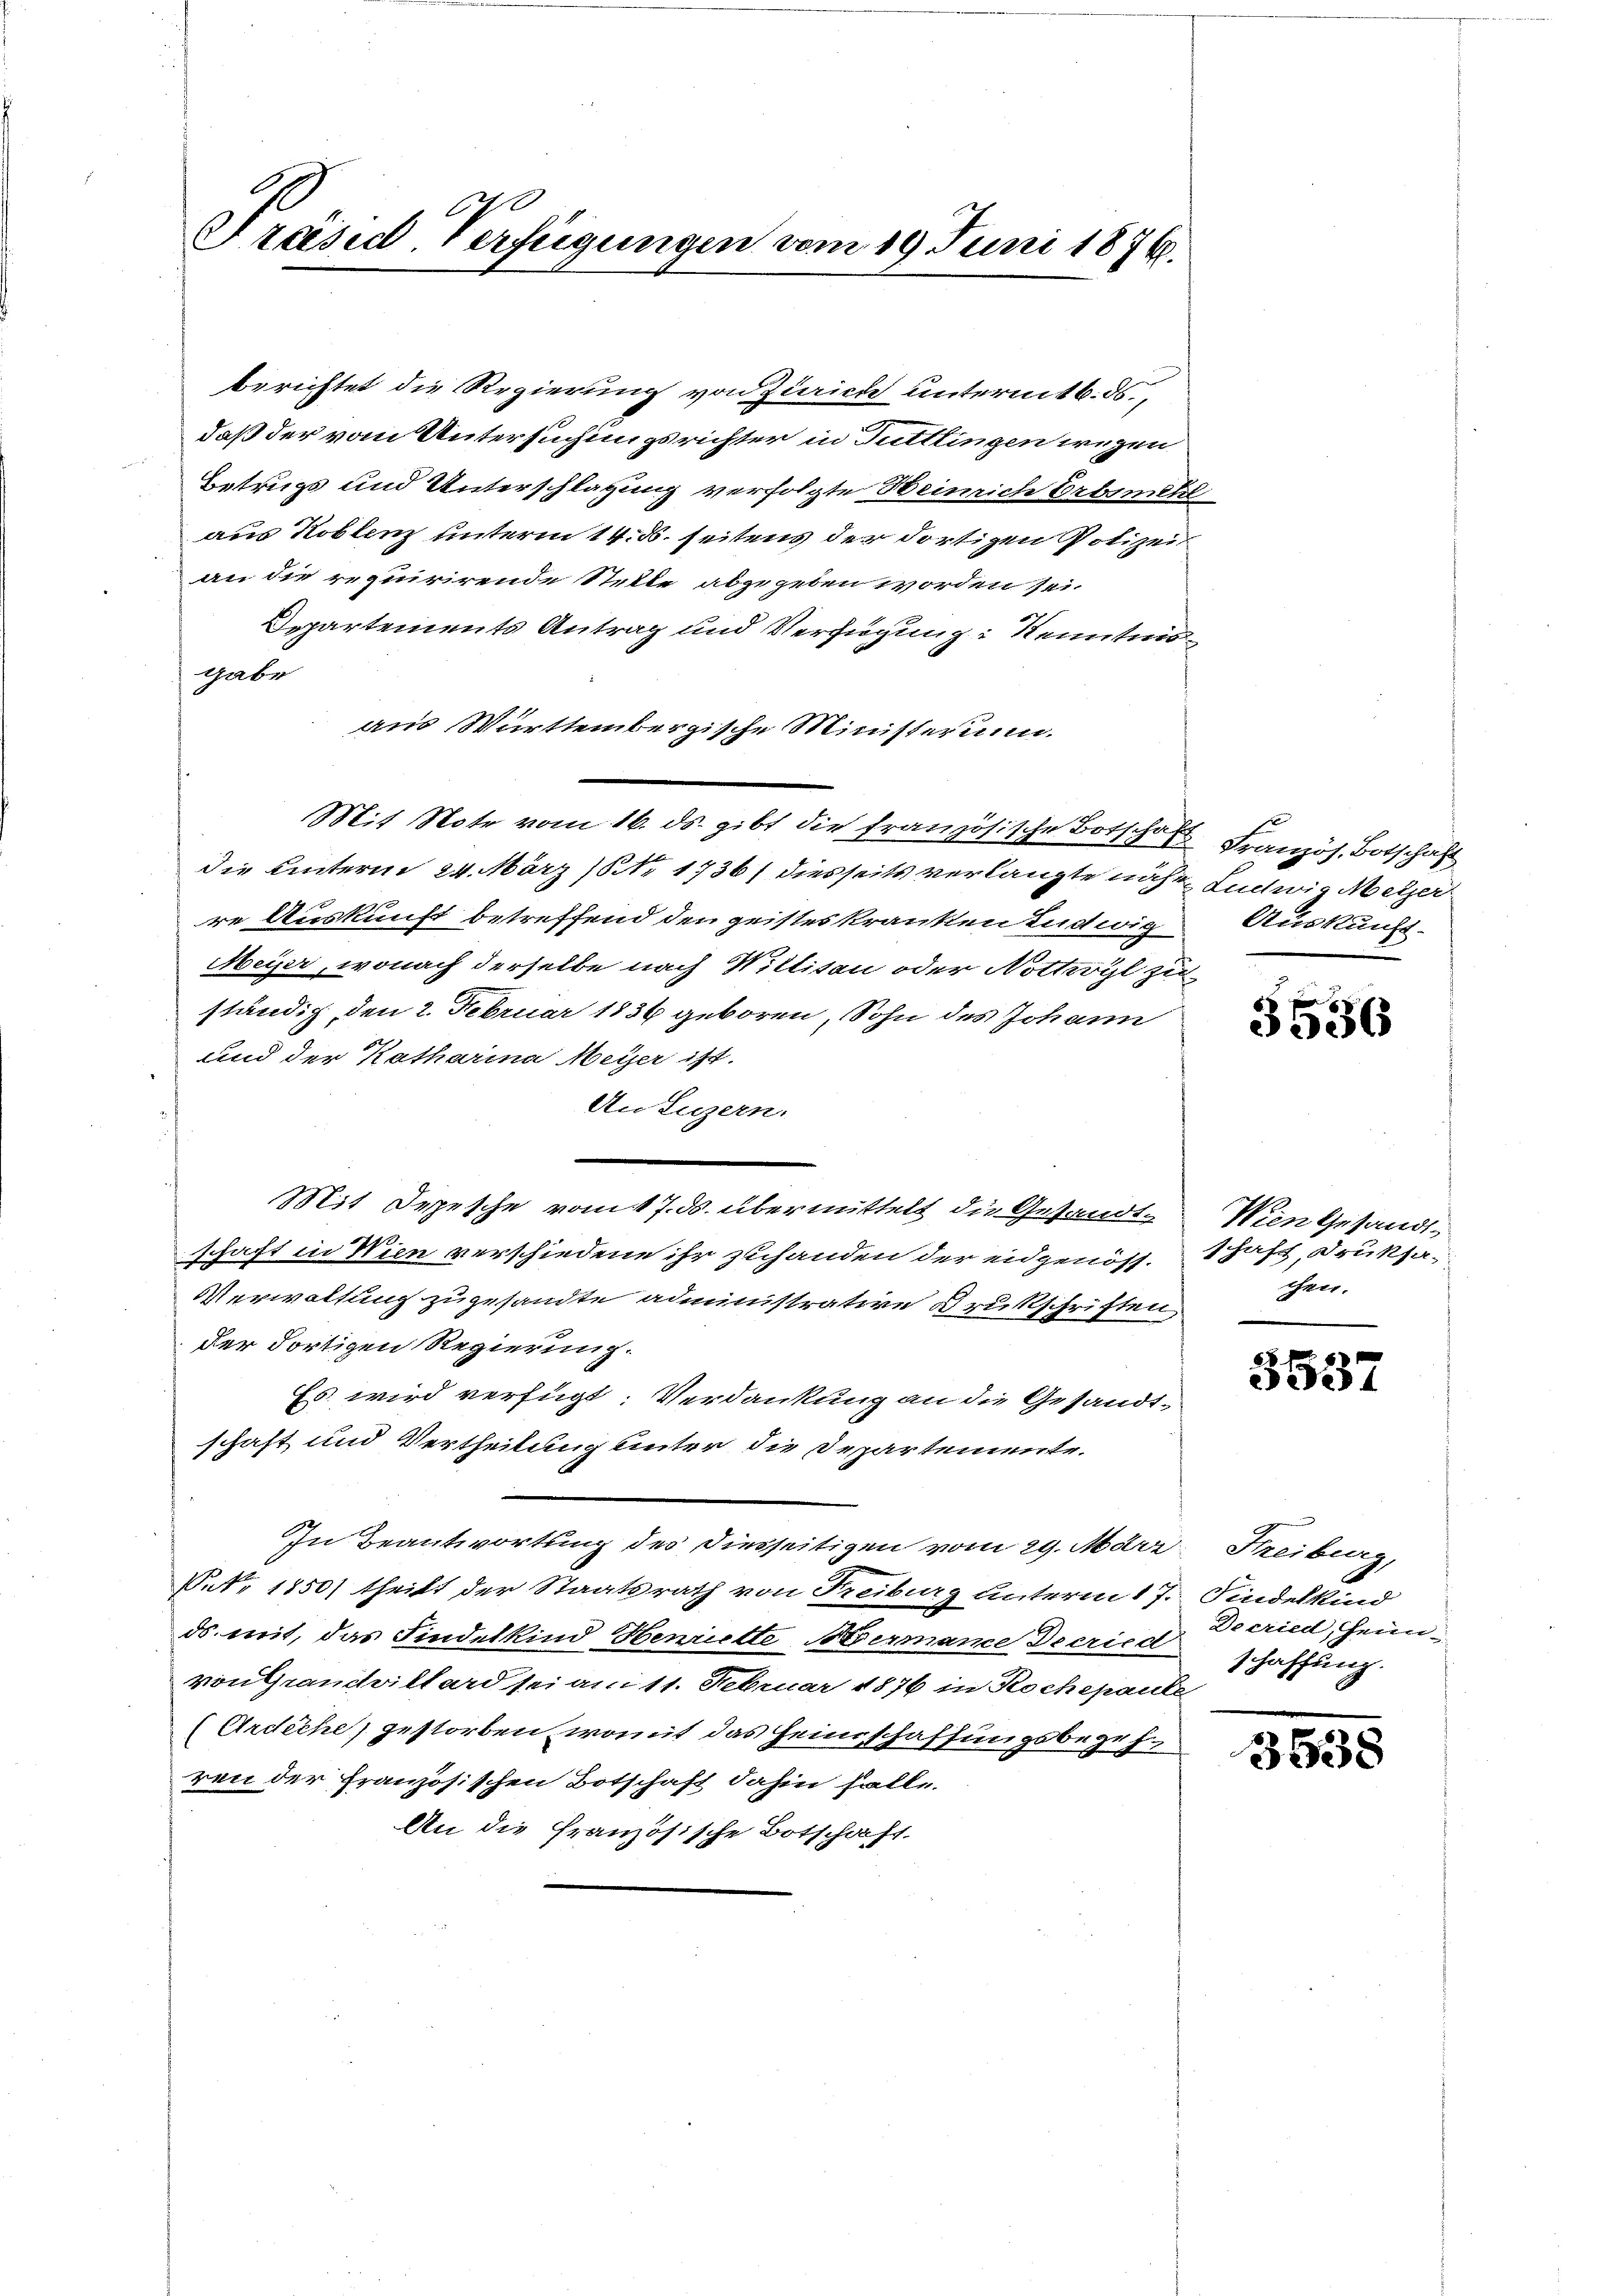
Präsid. Verfügungen vom 19. Juni 1876.

berichtet die Regierung von Zürich untermit 6. ds.,
daß der vom Untersuchungsrichter in Tuttlingen wegen
Betrugs und Unterschlagung verfolgte Heinrich Erbsmen
aus Koblenz unterm 14. ds. seitens der dortigen Polizei
an die requirirende Stelle abgegeben worden sei.
Departements Antrag und Verfügung Kenntnisgabe
aus Württembergische Ministerium.
Mit Note vom 16. ds. gibt die französische Botsche Französ. Botschaft
die Unterm 24. März (Nr. 1736) diesseits verlangte näher Ludwig Metzer
re Auskunft betreffend den geistes kranken Ludwig Auskunft¬
Meyer, wonach derselbe nach Wiltiten oder Notteyl zu
ständig, den 2. Februar 1836 geboren, Sohn des Johann
und der Katharina Meyer ist.
An Luzern.
Mit Depesche vom 17. ds. übermittelt die Gesandtschaft in Wien verschiedene ihr zuhanden der eidgenöss-
Verwaltung zugesandte administrative Drukschriften
der dortigen Regierung.
Es wird verfügt: Verdankung an die Gesandt-
schaft und Vertheilung unter die Departemente.
In Beantwortung des diesseitigen vom 29. März, Streiburg,
P.N. 1850) theilt der Staatsrath von Freiburg unterm 17. Findelkind
ds mit, das Findelkind Henriette Hermance Decried
von Grandaillard sei am 11. Februar 1876 in Kochepaule,
Ardiche gestorben, womit das Heimschaffungsbegehren der Französischen Botschaft dahin falle.
An die französische Botschaft.

3536

Wien Gesandt
schaft, Druksachen.

5537

Decriedl, heim
schaffung.

3538